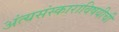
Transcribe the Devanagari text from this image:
अंत्यसंस्काराविषयीची